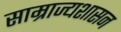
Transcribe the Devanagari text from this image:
साम्राज्यशासन